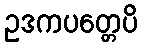
ဥဒကပတ္တေပိ